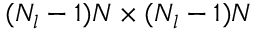
( N _ { l } - 1 ) N \times ( N _ { l } - 1 ) N